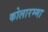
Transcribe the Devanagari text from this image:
कोलारम्मा